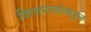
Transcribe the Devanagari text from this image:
शिवरायांकडून